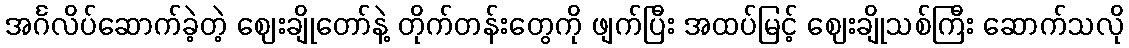
အင်္ဂလိပ်ဆောက်ခဲ့တဲ့ ဈေးချိုတော်နဲ့ တိုက်တန်းတွေကို ဖျက်ပြီး အထပ်မြင့် ဈေးချိုသစ်ကြီး ဆောက်သလို